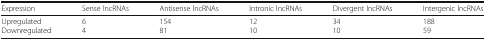
<table><thead><tr><td><b>Expression</b></td><td><b>Sense lncRNAs</b></td><td><b>Antisense lncRNAs</b></td><td><b>Intronic lncRNAs</b></td><td><b>Divergent lncRNAs</b></td><td><b>Intergenic lncRNAs</b></td></tr></thead><tbody><tr><td>UpregulatedDownregulated</td><td>64</td><td>15481</td><td>1210</td><td>3410</td><td>18859</td></tr></tbody></table>